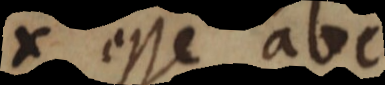
x esse abc,